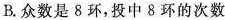
B.众数是8环，投中8环的次数